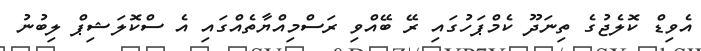
އެވިޑް ކޮލެޖުގެ ތިނަދޫ ކެމްޕަހުގައި ރޭ ބޭއްވި ރަސްމިއްޔާތެއްގައި އެ ސްކޮލަޝިޕް ލިބުނު